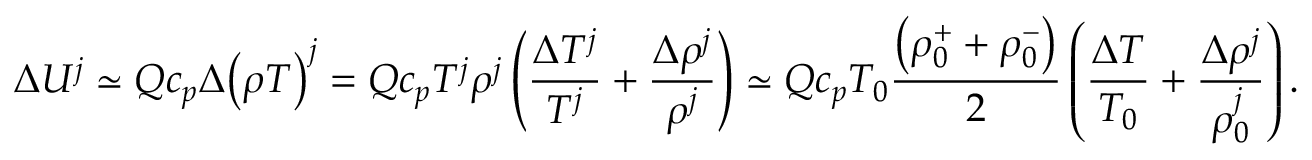
\Delta U ^ { j } \simeq Q c _ { p } \Delta { \left( \rho T \right) } ^ { j } = Q c _ { p } T ^ { j } \rho ^ { j } \left( \frac { \Delta T ^ { j } } { T ^ { j } } + \frac { \Delta \rho ^ { j } } { \rho ^ { j } } \right) \simeq Q c _ { p } T _ { 0 } \frac { \left( \rho _ { 0 } ^ { + } + \rho _ { 0 } ^ { - } \right) } { 2 } \left( \frac { \Delta T } { T _ { 0 } } + \frac { \Delta \rho ^ { j } } { \rho _ { 0 } ^ { j } } \right) .